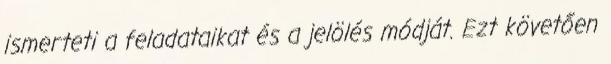
ismerteti a feladataikat és a jelölés módját. Ezt követően